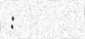
: